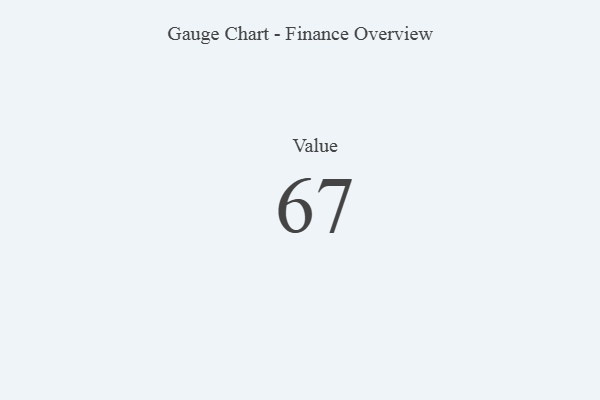
{"axis": {"x": "Metric", "y": "Value"}, "legend": [""], "data": [{"x": "Value", "y": 67, "type": ""}]}